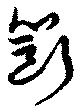
断